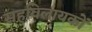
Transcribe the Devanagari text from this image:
सहविलायकों